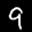
Label: 9